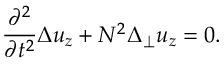
\frac { \partial ^ { 2 } } { \partial t ^ { 2 } } \Delta u _ { z } + N ^ { 2 } \Delta _ { \perp } u _ { z } = 0 .